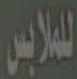
للملابس